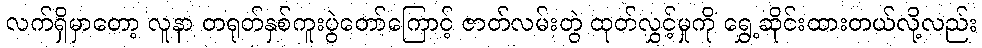
လက်ရှိမှာတော့ လူနာ တရုတ်နှစ်ကူးပွဲတော်ကြောင့် ဇာတ်လမ်းတွဲ ထုတ်လွှင့်မှုကို ရွှေ့ဆိုင်းထားတယ်လို့လည်း